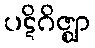
ပဋိဂိဇ္ဈာ